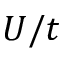
U / t